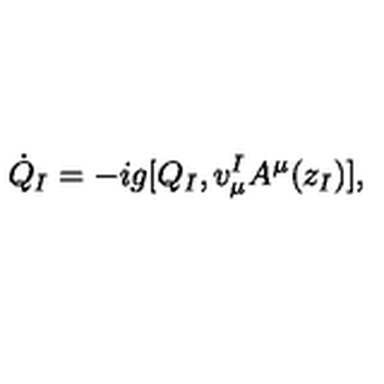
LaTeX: \dot { Q } _ { I } = - i g [ Q _ { I } , v _ { \mu } ^ { I } A ^ { \mu } ( z _ { I } ) ] ,